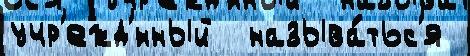
учр'ежд'́нный  называ́тьс'я